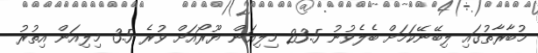
މުބާރާތުގައި ލިބޭނޭކަމަށް ބެލެވުނު 23.5 މިލިއަން ޔޫރޯއަށް ވުރެ 3.5 މިލިއަން އިތުރު